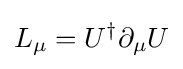
L_{\mu }=U^{\dagger }\partial _{\mu }U